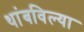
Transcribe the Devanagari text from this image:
थांबविल्या